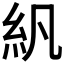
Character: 𬗄